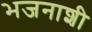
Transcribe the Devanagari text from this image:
भजनाशी